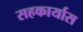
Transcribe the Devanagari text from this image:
सहकार्यास